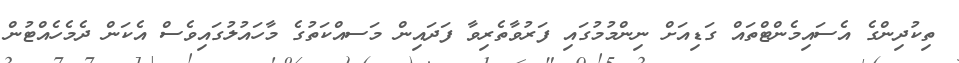
ތިކުދިންގެ އެސައިމެންޓްތައް ގަޑިއަށް ނިންމުމުގައި ފަރުވާތެރިވާ ފަދައިން މަސއްކަތުގެ މާހައުލުގައިވެސް އެކަން ދެމެހެއްޓުން